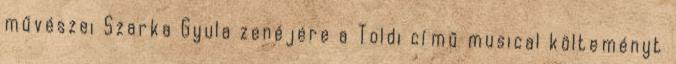
művészei Szarka Gyula zenéjére a Toldi című musical költeményt